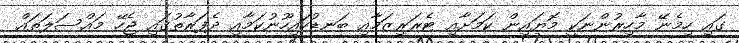
ގައި ހިމެނޭ މާހިރުންނަކީ މޮޔައިން ކަމަށާއި ޓެރަރިޒަމާއި ބަނޑުހައިހޫނުކަމާއި ދެފަރާތުގައި ޖެހޭ މައްސަލަތައް